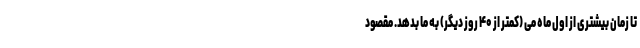
تا زمان بیشتری از اول ماه می (کمتر از ۴۰ روز دیگر) به ما بدهد. مقصود